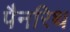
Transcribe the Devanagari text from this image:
पैनरिथ